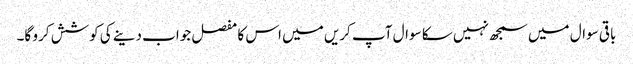
باقی سوال میں سمجھ نہیں سکا سوال آپ کریں میں اس کا مفصل جواب دینے کی کوشش کرو گا۔